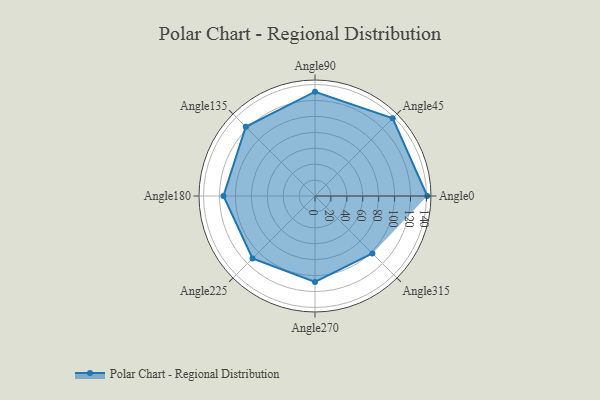
{"axis": {"x": "Angle", "y": "Radius"}, "legend": [""], "data": [{"x": "Angle0", "y": 141.0, "type": ""}, {"x": "Angle45", "y": 138.0, "type": ""}, {"x": "Angle90", "y": 131.0, "type": ""}, {"x": "Angle135", "y": 123.0, "type": ""}, {"x": "Angle180", "y": 115.0, "type": ""}, {"x": "Angle225", "y": 111.0, "type": ""}, {"x": "Angle270", "y": 108.0, "type": ""}, {"x": "Angle315", "y": 102.0, "type": ""}]}